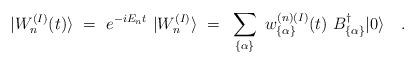
LaTeX: \begin{align*}\vert W_n^{(I)}(t) \rangle ~=~ e^{-iE_nt}~ |W_n^{(I)}\rangle ~=~ \sum_{ \{\alpha\} } ~ w_{ \{ \alpha\} }^{(n)(I)}(t) ~ B_{\{\alpha\}}^\dagger\vert0\rangle \quad . \end{align*}